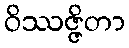
ဝိဿဇ္ဇိတာ